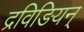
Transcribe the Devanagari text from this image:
द्रविङियन्